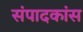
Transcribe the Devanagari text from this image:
संपादकांस